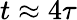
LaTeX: t\approx 4\tau